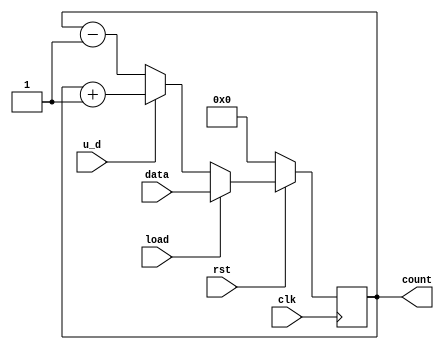
module counter_up_down(count, u_d, clk, load, rst, data);

input [7:0]data;
input clk, rst, load, u_d;
output [7:0]count;

reg [7:0]count_temp;

always@(posedge clk)
        if(!rst)
            count_temp <= 8'd0;
        else if (load)
            count_temp <= data;
        else if (u_d)
            count_temp <= count_temp + 1;
        else
            count_temp <= count_temp - 1;

assign count = count_temp;

endmodule